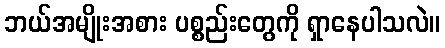
ဘယ်အမျိုးအစား ပစ္စည်းတွေကို ရှာနေပါသလဲ။